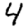
Digit: 4